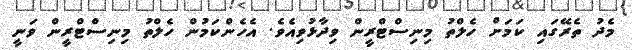
މެދު ތެރޭގައި ކަމަށް ހެލްތު މިނިސްޓްރީން ވިދާޅުވިއެވެ. އެހެންކަމުން ހެލްތު މިނިސްޓްރީން ވަނީ